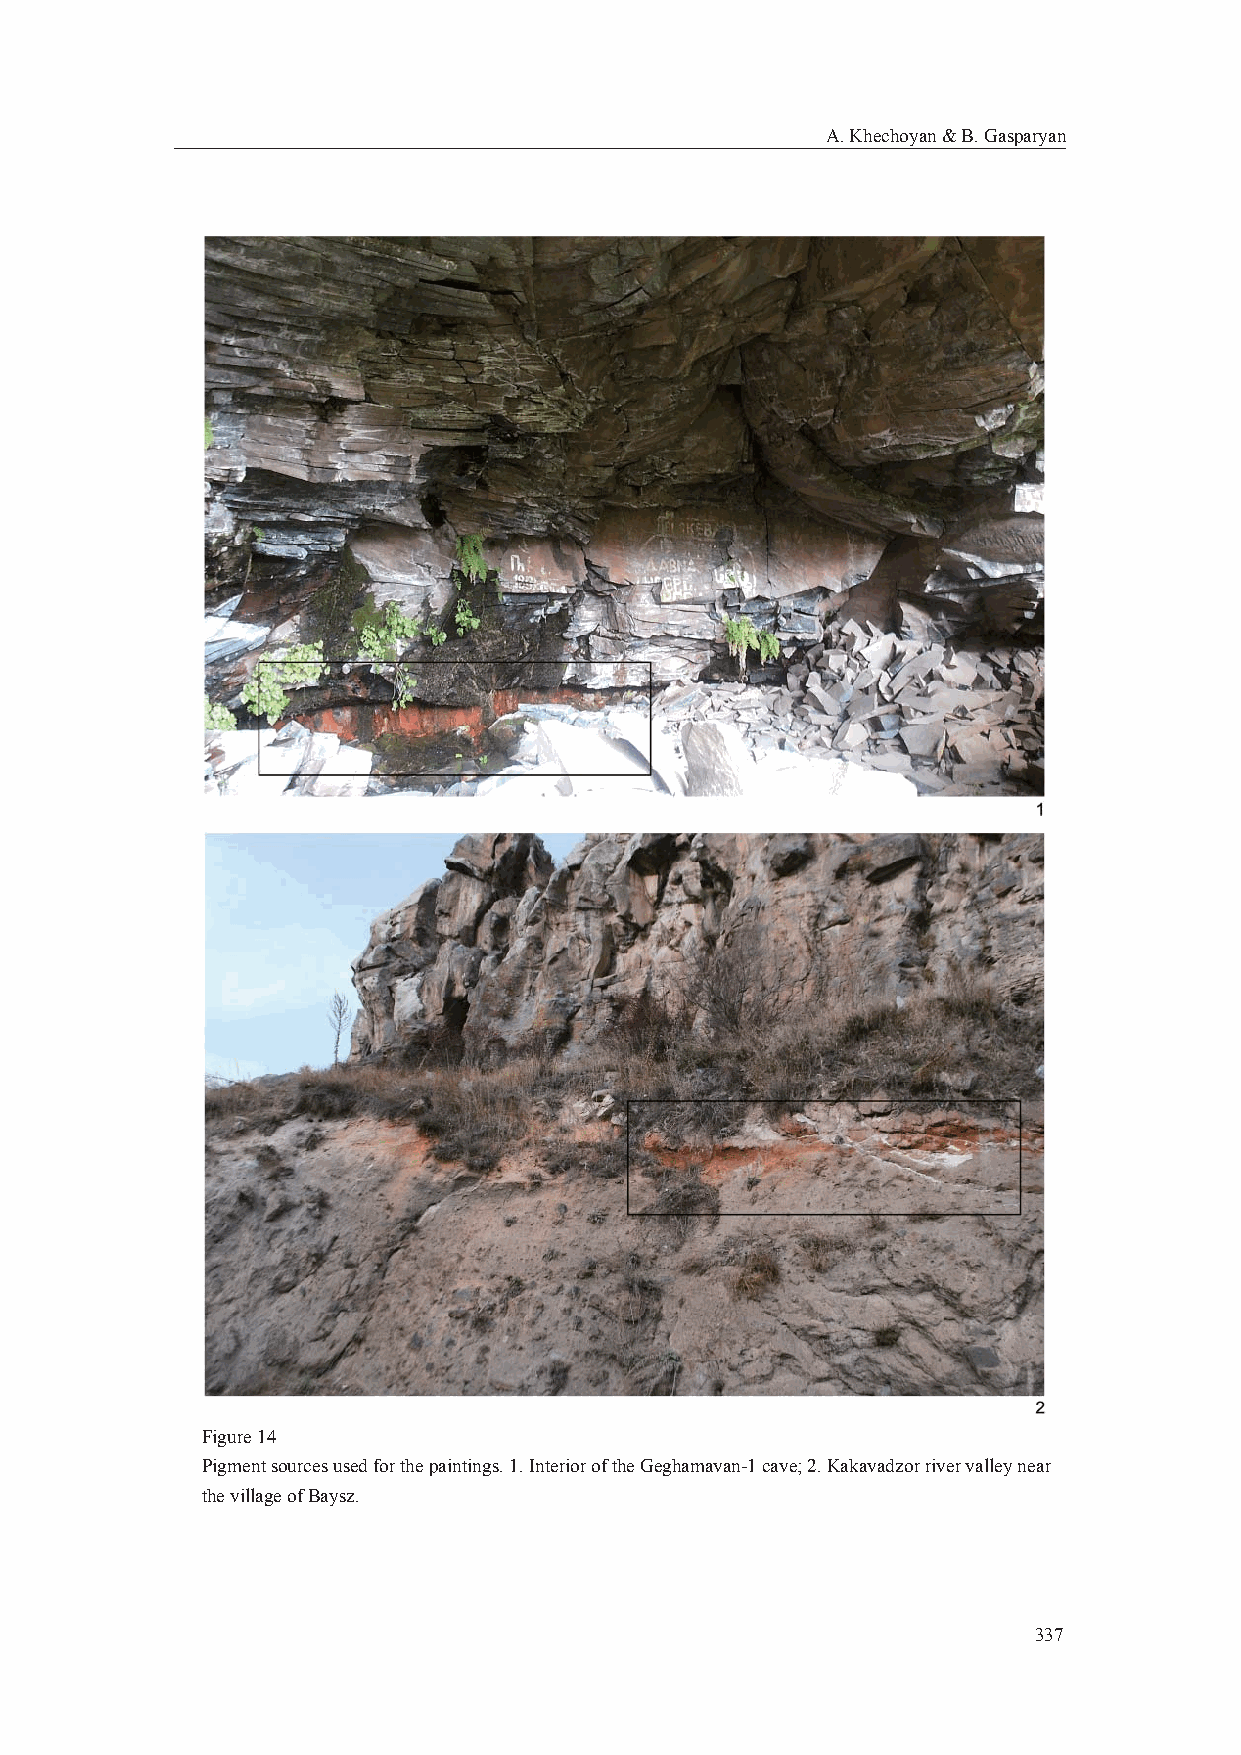
A. Khechoyan & B. Gasparyan
 Figure 14
 Pigment sources used for the paintings. 1. Interior of the Geghamavan-1 cave; 2. Kakavadzor river valley near
 the village of Baysz.
 337